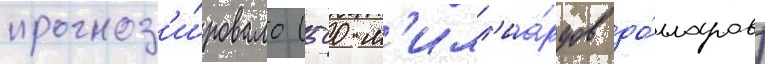
прогноз'и́ровало (500 м'илл'иа́рдов до́лларов)